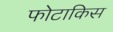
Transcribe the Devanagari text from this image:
फोटाकिस